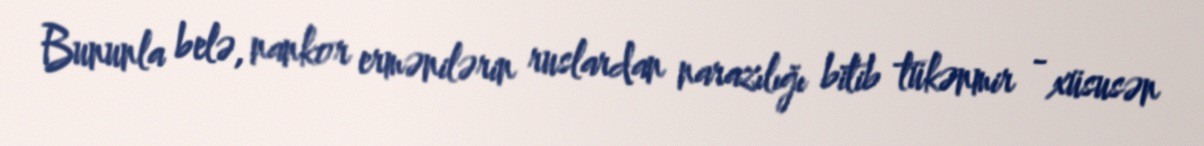
Bununla belə, nankor ermənilərin ruslardan narazılığı bitib tükənmir - xüsusən